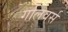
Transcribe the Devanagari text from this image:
गलिवर्स